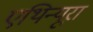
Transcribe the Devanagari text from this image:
एथिन्यूरा